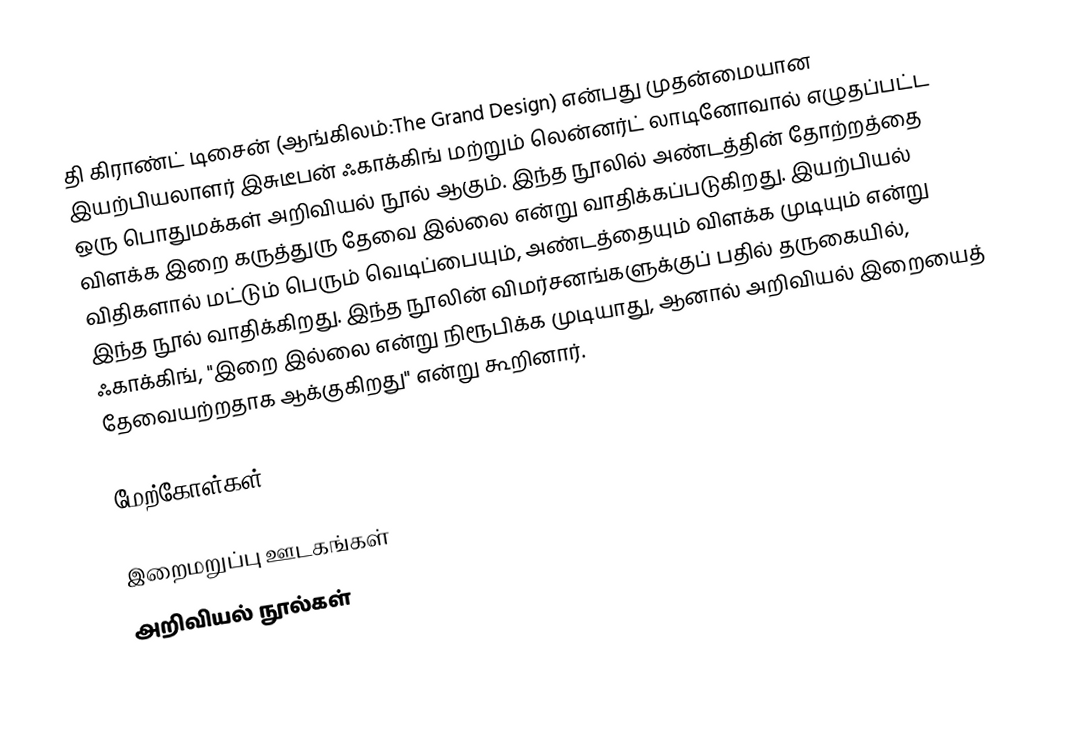
தி கிராண்ட் டிசைன் (ஆங்கிலம்:The Grand Design) என்பது முதன்மையான இயற்பியலாளர் இசுடீபன் ஃகாக்கிங் மற்றும் லென்னர்ட் லாடினோவால்  எழுதப்பட்ட ஒரு பொதுமக்கள் அறிவியல் நூல் ஆகும். இந்த நூலில் அண்டத்தின் தோற்றத்தை விளக்க இறை கருத்துரு தேவை இல்லை என்று வாதிக்கப்படுகிறது. இயற்பியல் விதிகளால் மட்டும் பெரும் வெடிப்பையும், அண்டத்தையும் விளக்க முடியும் என்று இந்த நூல் வாதிக்கிறது. இந்த நூலின் விமர்சனங்களுக்குப் பதில் தருகையில், ஃகாக்கிங், "இறை இல்லை என்று நிரூபிக்க முடியாது, ஆனால் அறிவியல் இறையைத் தேவையற்றதாக ஆக்குகிறது" என்று கூறினார்.

மேற்கோள்கள்

இறைமறுப்பு ஊடகங்கள்
அறிவியல் நூல்கள்